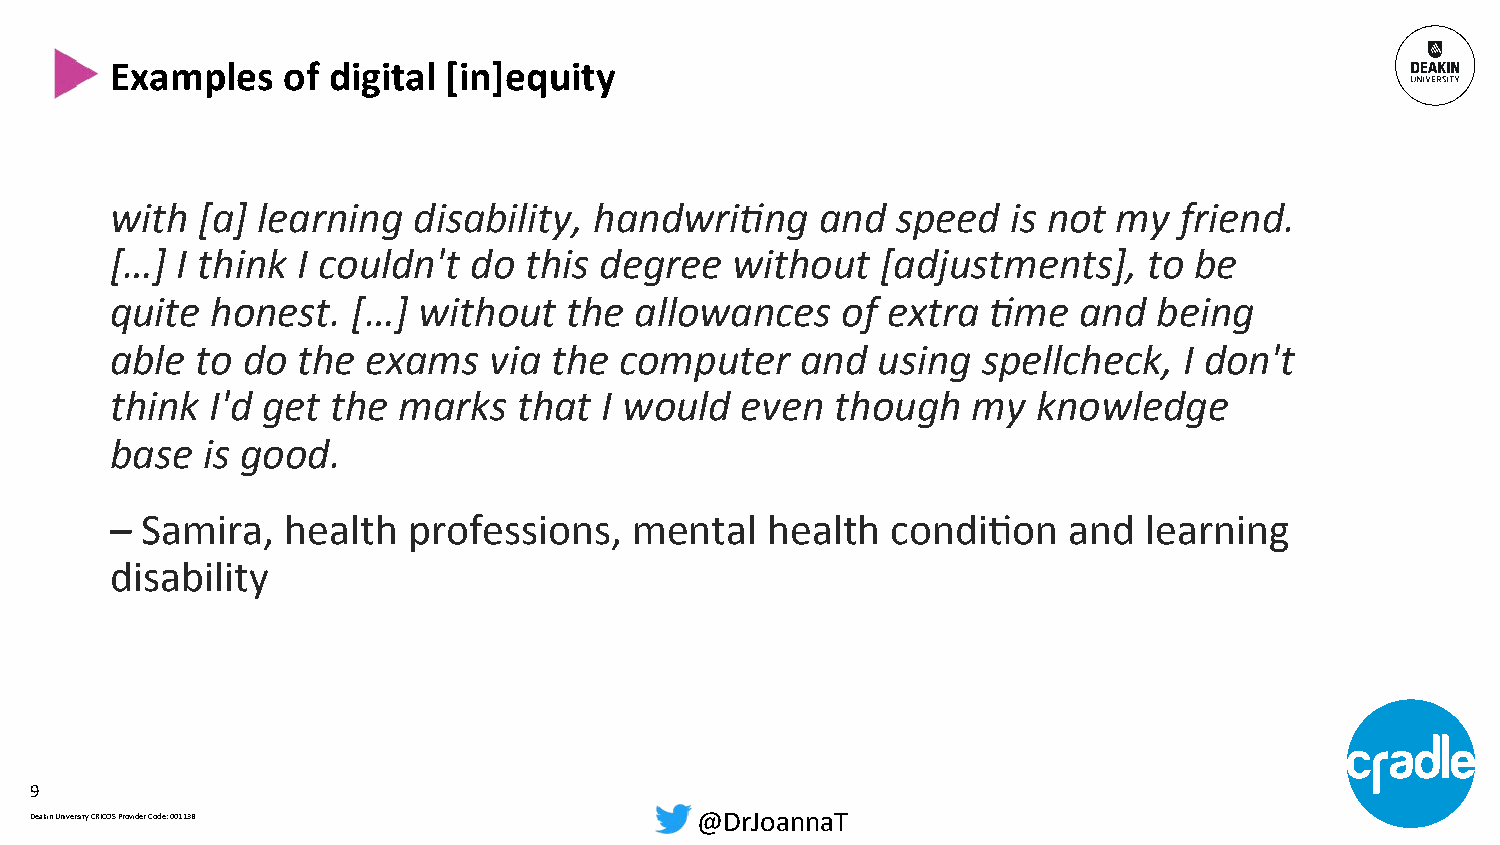
Examples    of digital [in]equity
 with  [a] learning  disability, handwri3ng     and  speed   is not my  friend.
 […]  I think I couldn't do  this degree  without   [adjustments],    to be
 quite  honest.  […]  without  the  allowances    of extra 3me   and   being
 able  to do  the exams   via the  computer    and  using  spellcheck,  I don't
 think  I'd get the marks   that  I would  even  though   my   knowledge
 base  is good.
 – Samira,   health  professions,   mental   health  condiXon    and  learning
 disability
 9
 Deakin University CRICOS Provider Code: 00113B @DrJoannaT